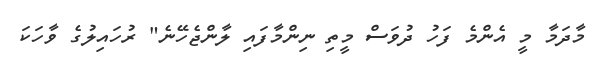
މާދަމާ މީ އެންމެ ފަހު ދުވަސް މީތި ނިންމާފައި ލާންޖެހޭނެ" ރުހައިލުގެ ވާހަކަ